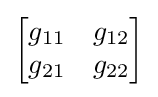
{\begin{bmatrix}g_{11}&g_{12}\\g_{21}&g_{22}\end{bmatrix}}